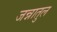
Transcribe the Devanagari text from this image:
जन्नातुल